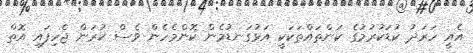
އެއީ ހަރަދު ކުޑަކުރުމުގެ ކަންތައްތަކަކީ އަޅުގަނޑުމެން ކޮންމެހެން ވެސް ކުރަން ޖެހިފައި އޮތް